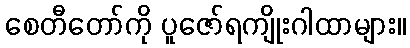
စေတီတော်ကို ပူဇော်ရကျိုးဂါထာများ။